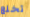
تخلع